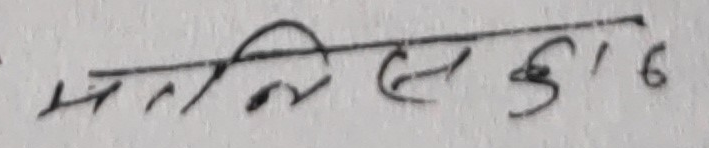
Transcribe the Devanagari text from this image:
मनिले सेहु १६